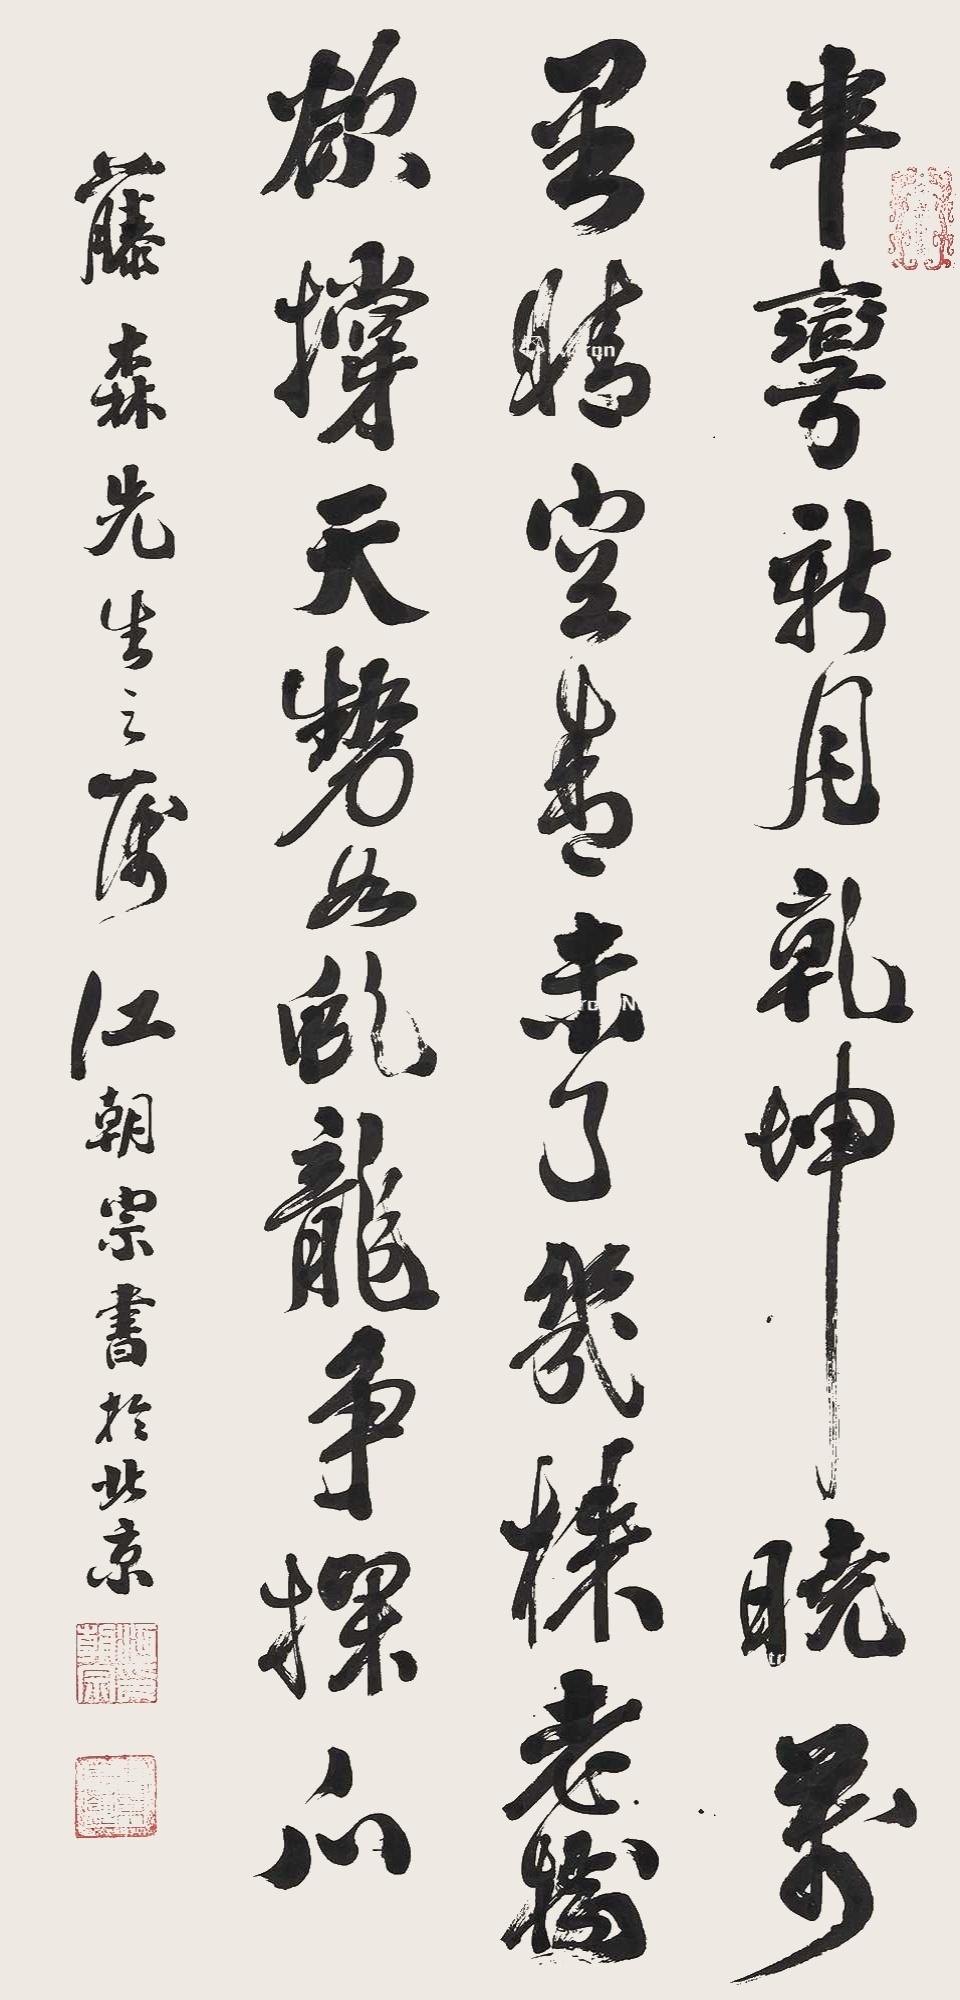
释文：半弯新月乾坤晓，万里晴空青未了。几株老树欲撑天，势如虬龙争探爪。藤森先生之属。江朝宗书于北京。